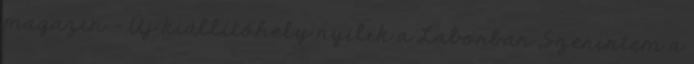
magazin - Új kiállítóhely nyílik a Laborban „Szerintem a